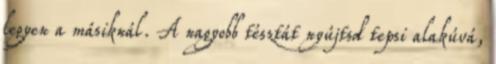
legyen a másiknál. A nagyobb tésztát nyújtsd tepsi alakúvá,